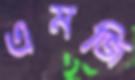
এমজি